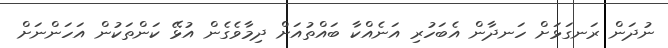
ނުދަން ރަނގަޅަށް ހަނދާން އެބަހުރި އަނެއްކާ ބައްތުއަށް ދިމާވެގެން އުޅޭ ކަންތަކުން އަހަންނަށް